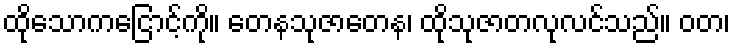
ထိုသောကငြောင့်ကို။ တေနသုဇာတေန၊ ထိုသုဇာတလုလင်သည်။ ဝတ၊